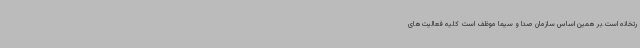
رتخانه است.بر همین اساس سازمان صدا و سیما موظف است کلیه فعالیت‌های